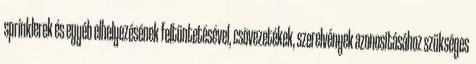
sprinklerek és egyéb elhelyezésének feltüntetésével, csõvezetékek, szerelvények azonosításához szükséges